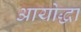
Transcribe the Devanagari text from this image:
आयोद्धा